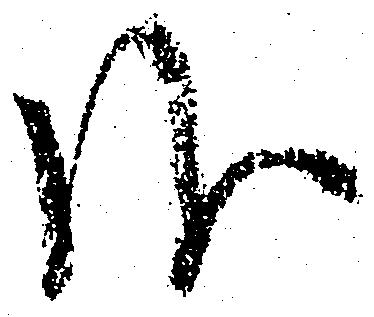
哉